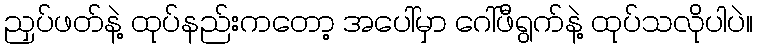
ညှပ်ဖတ်နဲ့ ထုပ်နည်းကတော့ အပေါ်မှာ ဂေါ်ဖီရွက်နဲ့ ထုပ်သလိုပါပဲ။